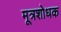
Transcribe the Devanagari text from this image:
मूत्रशोधक